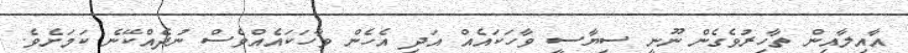
އާއިލާއިން ތާހިރުވެގެން ނޫނީ ސިޔާސީ ވާހަކައެއް އަދި އެހެން ވާހަކައެއްވެސް ނުދެއްކޭނެ ކަމަށެވެ.